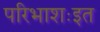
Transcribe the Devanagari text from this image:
परिभाशःइत